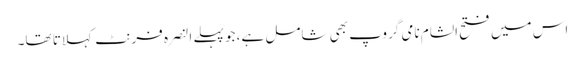
اس میں فتح الشام نامی گروپ بھی شامل ہے، جو پہلے النصرہ فرنٹ کہلاتا تھا۔